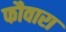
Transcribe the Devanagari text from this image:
फौवारा